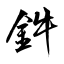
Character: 鈝